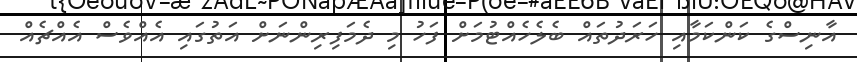
އާނިސްގެ ކަންކަމާއި ހަރަދުތައް ބެލެހެއްޓުމަށް ފަހު މި ދެމަފިރިންނަށް އަތުގައި އެއްވެސް އެއްޗެއް